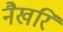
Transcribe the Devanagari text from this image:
नैखरि